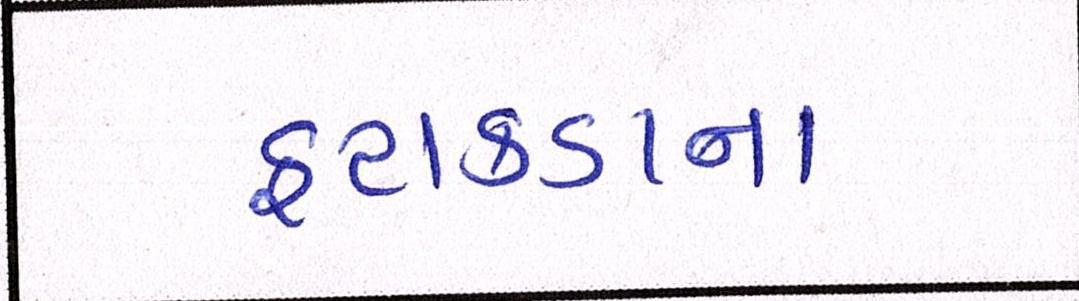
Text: ફટાકડાના